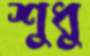
শুধু